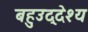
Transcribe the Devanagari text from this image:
बहुउद्देश्य